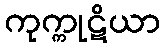
ကုက္ကုဋိယာ